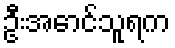
ဦးအောင်သူရက